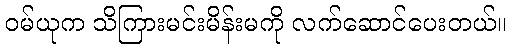
ဝမ်ယုက သိကြားမင်းမိန်းမကို လက်ဆောင်ပေးတယ်။